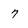
Character: 7